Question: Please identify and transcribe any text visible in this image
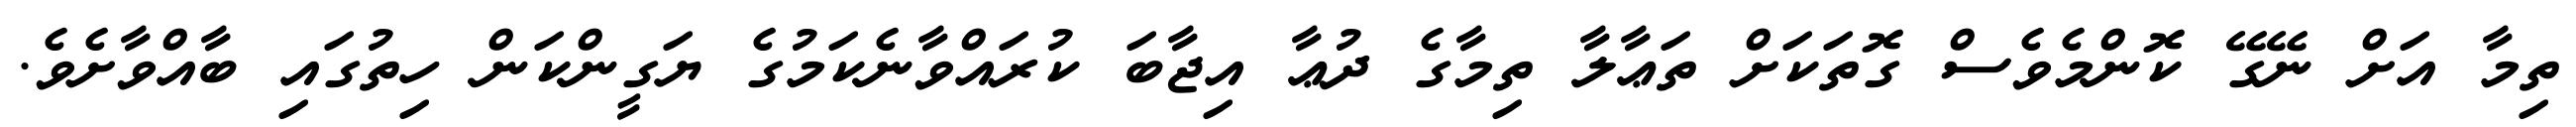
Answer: ތިމާ އަށް ނޭގޭ ކޮންމެވެސް ގޮތަކަށް ތަޢާލާ ތިމާގެ ދުޢާ އިޖާބަ ކުރައްވާނެކަމުގެ ޔަގީންކަން ހިތުގައި ބާއްވާށެވެ.